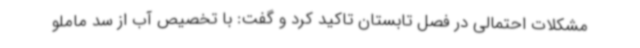
مشکلات احتمالی در فصل تابستان تاکید کرد و گفت: با تخصیص آب از سد ماملو